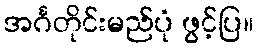
အင်္ဂတိုင်းမည်ပုံ ဖွင့်ပြ။